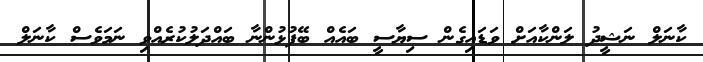
ކާނަލް ނަޝީދު ލަންކާއަށް ވަޑައިގެން ސިޔާސީ ބައެއް ބޭފުޅުންނާ ބައްދަލުކުރެއްވި ނަމަވެސް ކާނަލް